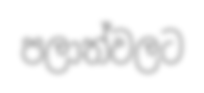
පලාත්වලට